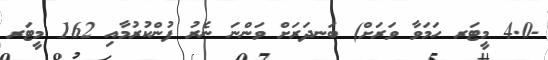
-4.0 މީޓަރ ހަމަވާ ވަރަށް) ބަނދަރަށް ވަންނަ ނެރު ފުންކުރުމާއި 162 މީޓަރ